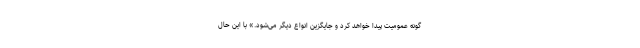
گونه عمومیت پیدا خواهد کرد و جایگزین انواع دیگر می‌شود.» با این حال